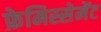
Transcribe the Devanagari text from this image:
फ्रेमिस्सेमेंट